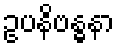
ဥပနိဗန္ဓနာ